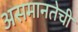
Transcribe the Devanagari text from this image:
असमानतेची